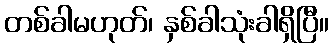
တစ်ခါမဟုတ်၊ နှစ်ခါသုံးခါရှိပြီ။